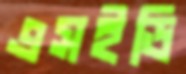
এসইডি